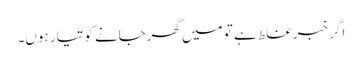
اگر خبر غلط ہے تو میں گھرجانے کو تیار ہوں۔